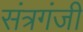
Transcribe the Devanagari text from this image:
संत्रगंजी